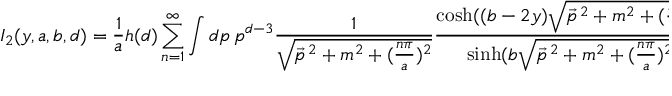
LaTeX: I _ { 2 } ( y , a , b , d ) = \frac { 1 } { a } h ( d ) \sum _ { n = 1 } ^ { \infty } \int d p \, p ^ { d - 3 } \frac { 1 } { \sqrt { \vec { p } ^ { \, 2 } + m ^ { 2 } + ( \frac { n \pi } { a } ) ^ { 2 } } } \frac { \cosh ( ( b - 2 y ) \sqrt { \vec { p } ^ { \, 2 } + m ^ { 2 } + ( \frac { n \pi } { a } ) ^ { 2 } } ) } { \sinh ( b \sqrt { \vec { p } ^ { \, 2 } + m ^ { 2 } + ( \frac { n \pi } { a } ) ^ { 2 } } ) }